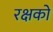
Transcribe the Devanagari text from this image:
रक्षको